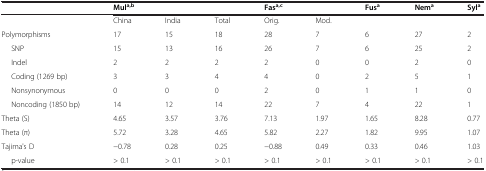
<table><thead><tr><td></td><td colspan="3"><b>Mul<sup>a,b</sup></b></td><td colspan="2"><b>Fas<sup>a,c</sup></b></td><td><b>Fus<sup>a</sup></b></td><td><b>Nem<sup>a</sup></b></td><td><b>Syl<sup>a</sup></b></td></tr></thead><tbody><tr><td></td><td>China</td><td>India</td><td>Total</td><td>Orig.</td><td>Mod.</td><td></td><td></td><td></td></tr><tr><td>Polymorphisms</td><td>17</td><td>15</td><td>18</td><td>28</td><td>7</td><td>6</td><td>27</td><td>2</td></tr><tr><td>SNP</td><td>15</td><td>13</td><td>16</td><td>26</td><td>7</td><td>6</td><td>25</td><td>2</td></tr><tr><td>Indel</td><td>2</td><td>2</td><td>2</td><td>2</td><td>0</td><td>0</td><td>2</td><td>0</td></tr><tr><td>Coding (1269 bp)</td><td>3</td><td>3</td><td>4</td><td>4</td><td>0</td><td>2</td><td>5</td><td>1</td></tr><tr><td>Nonsynonymous</td><td>0</td><td>0</td><td>0</td><td>2</td><td>0</td><td>1</td><td>1</td><td>0</td></tr><tr><td>Noncoding (1850 bp)</td><td>14</td><td>12</td><td>14</td><td>22</td><td>7</td><td>4</td><td>22</td><td>1</td></tr><tr><td>Theta (S)</td><td>4.65</td><td>3.57</td><td>3.76</td><td>7.13</td><td>1.97</td><td>1.65</td><td>8.28</td><td>0.77</td></tr><tr><td>Theta (π)</td><td>5.72</td><td>3.28</td><td>4.65</td><td>5.82</td><td>2.27</td><td>1.82</td><td>9.95</td><td>1.07</td></tr><tr><td>Tajima&#x27;s D</td><td>−0.78</td><td>0.28</td><td>0.25</td><td>−0.88</td><td>0.49</td><td>0.33</td><td>0.46</td><td>1.03</td></tr><tr><td>p-value</td><td>&gt; 0.1</td><td>&gt; 0.1</td><td>&gt; 0.1</td><td>&gt; 0.1</td><td>&gt; 0.1</td><td>&gt; 0.1</td><td>&gt; 0.1</td><td>&gt; 0.1</td></tr></tbody></table>